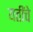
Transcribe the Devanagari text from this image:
यतींचे